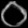
Digit: ၀